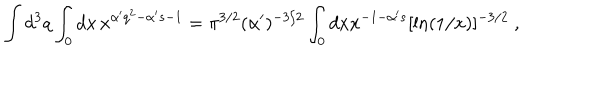
LaTeX: \int d ^ { 3 } q \int _ { 0 } d x \, x ^ { \alpha ^ { \prime } q ^ { 2 } - \alpha ^ { \prime } s - 1 } = \pi ^ { 3 / 2 } ( \alpha ^ { \prime } ) ^ { - 3 / 2 } \int _ { 0 } d x x ^ { - 1 - \alpha ^ { \prime } s } [ \ln ( 1 / x ) ] ^ { - 3 / 2 } \ ,